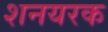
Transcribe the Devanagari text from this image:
शनयरक